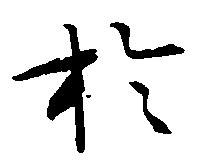
於